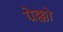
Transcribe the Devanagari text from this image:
ग्रेक्को